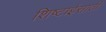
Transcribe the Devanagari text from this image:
शिष्टाईसाठी